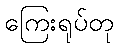
ကြေးရုပ်တု